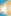
-